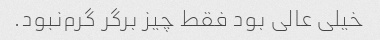
خیلی عالی بود فقط چیز برگر گرم‌نبود.